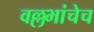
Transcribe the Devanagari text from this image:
वल्लभांचेच